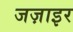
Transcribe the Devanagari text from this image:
जज़ाइर